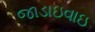
જાડાઇવાઇ